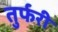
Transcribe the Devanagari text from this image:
तुर्फरी